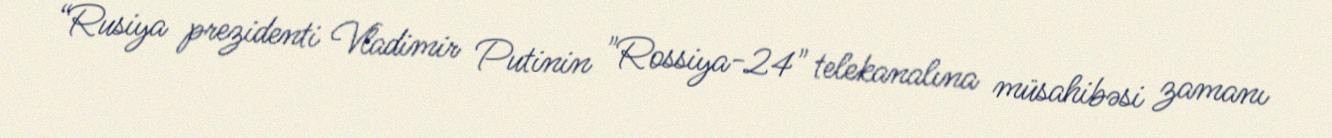
“Rusiya prezidenti Vladimir Putinin "Rossiya-24" telekanalına müsahibəsi zamanı